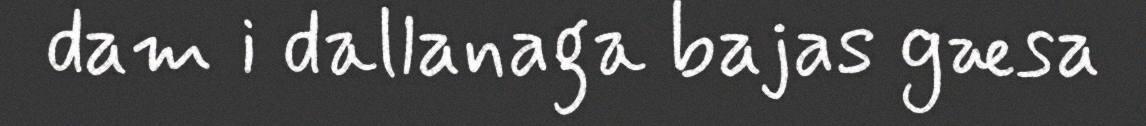
dam i dallanaga bajas gæsa